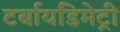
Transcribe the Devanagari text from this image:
टर्बायडिमेट्री